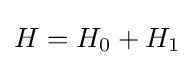
H=H_{0}+H_{1}